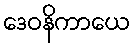
ဒေဝနိကာယေ